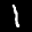
Label: 1